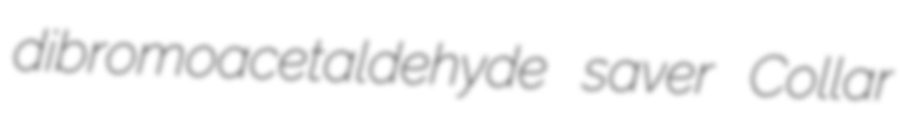
dibromoacetaldehyde saver Collar